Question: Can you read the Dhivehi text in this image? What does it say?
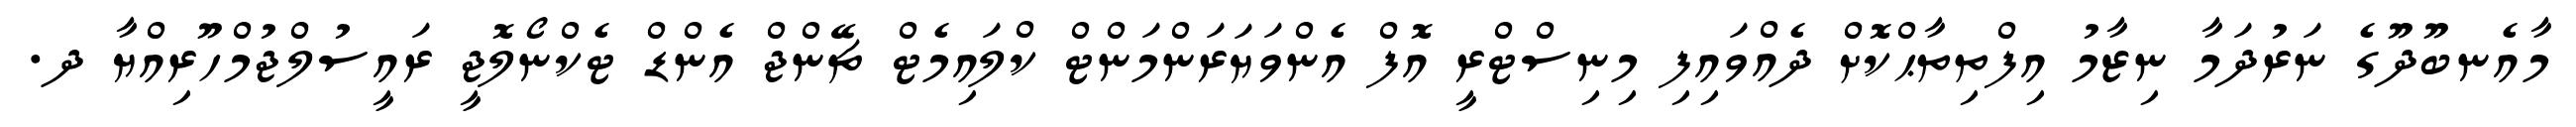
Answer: މާއެނބޫދޫގެ ނަރުދަމާ ނިޒާމު އިފްތިތާޙްކޮށް ދެއްވައިފި މިނިސްޓްރީ އޮފް އެންވަޔަރަންމަންޓް ކްލައިމެޓް ޗޭންޖް އެންޑް ޓެކްނޯލޮޖީ ރައީސުލްޖުމްހޫރިއްޔާ ދ.